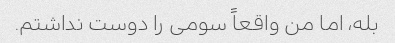
بله، اما من واقعاً سومی را دوست نداشتم.